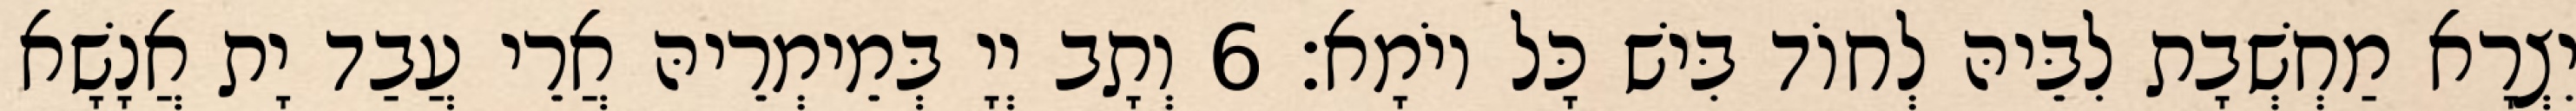
יִצְרָא מַחְשְׁבָת לִבֵּיהּ לְחוֹד בִּישׁ כָּל יוֹמָא׃ 6 וְתָב יְיָ בְּמֵימְרֵיהּ אֲרֵי עֲבַד יָת אֲנָשָׁא